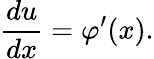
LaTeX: {\frac{du}{dx}}=\varphi^{\prime}(x).